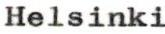
Helsinki